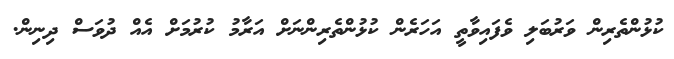
ކުޅުންތެރިން ވަރުބަލި ވެފައިވާތީ އަހަރެން ކުޅުންތެރިންނަށް އަރާމު ކުރުމަށް އެއް ދުވަސް ދިނިން.